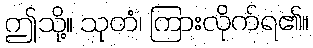
ဤသို့။ သုတံ၊ ကြားလိုက်ရ၏။